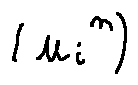
( u _ { i } ^ { n } )